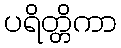
ပရိတ္တိကာ